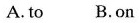
A. to B.on